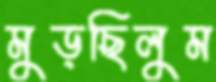
মুড়ছিলুম